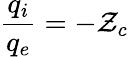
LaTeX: \frac{q_{i}}{q_{e}}=-\mathcal{Z}_{c}